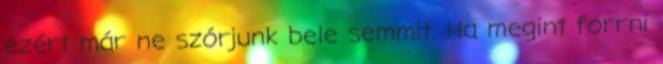
ezért már ne szórjunk bele semmit. Ha megint forrni